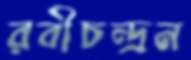
রবীচন্দ্রন